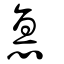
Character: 惪